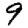
Digit: 9